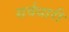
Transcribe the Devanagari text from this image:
सर्वधारी